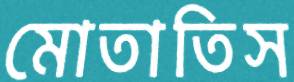
মোতাতিস